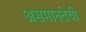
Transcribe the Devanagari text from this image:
असमानतेची